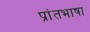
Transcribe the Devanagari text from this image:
प्रांतभाषा